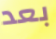
بعد